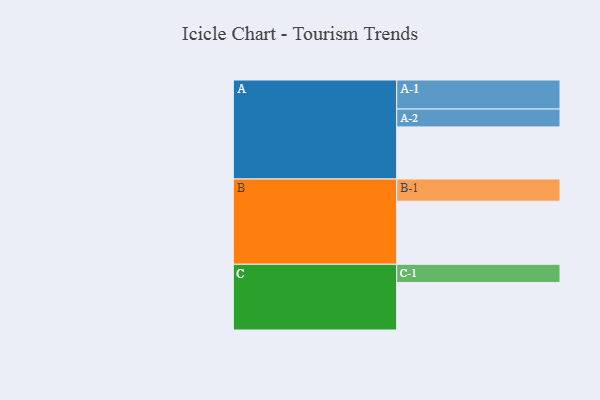
{"axis": {"x": "Segment", "y": "Value"}, "legend": ["", "A", "B", "C"], "data": [{"x": "A", "y": 443, "type": ""}, {"x": "B", "y": 536, "type": ""}, {"x": "C", "y": 404, "type": ""}, {"x": "A-1", "y": 247, "type": "A"}, {"x": "A-2", "y": 152, "type": "A"}, {"x": "B-1", "y": 189, "type": "B"}, {"x": "C-1", "y": 155, "type": "C"}]}